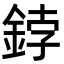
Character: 鋍